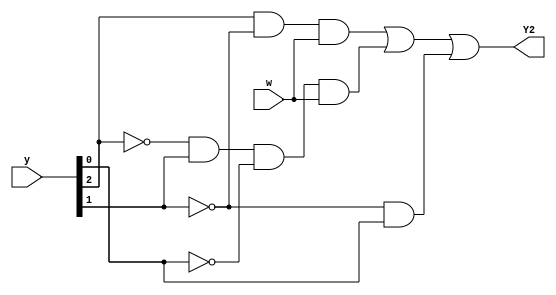
module top_module (
    input [3:1] y,
    input w,
    output Y2);
    assign Y2=(y[3]&~y[2]&w)|(~y[3]&y[2]&~y[1]&w)|(~y[2]&y[1]);
endmodule